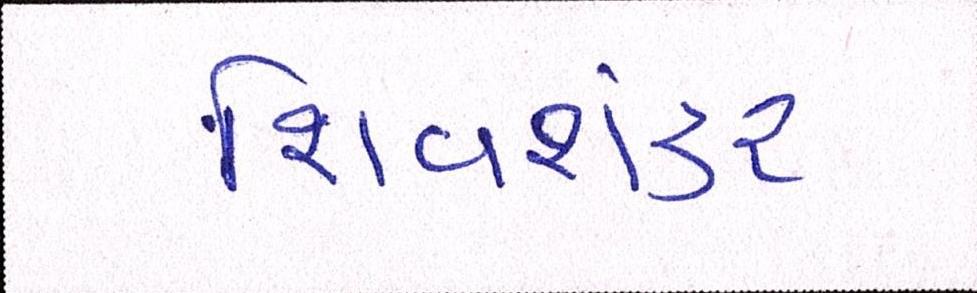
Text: શિવશંકર